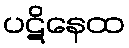
ပဋိနေထ